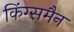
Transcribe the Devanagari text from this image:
किंग्समैन